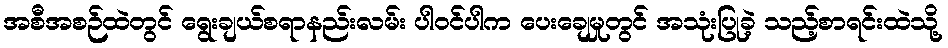
အစီအစဉ်ထဲတွင် ရွေးချယ်စရာနည်းလမ်း ပါဝင်ပါက ပေးချေမှုတွင် အသုံးပြုခဲ့ သည့်စာရင်းထဲသို့